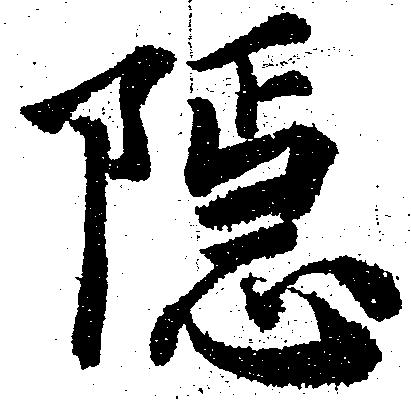
隠